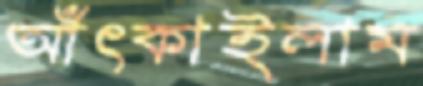
আঁৎকাইলাম